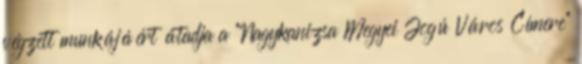
végzett munkájáért átadja a “Nagykanizsa Megyei Jogú Város Címere”